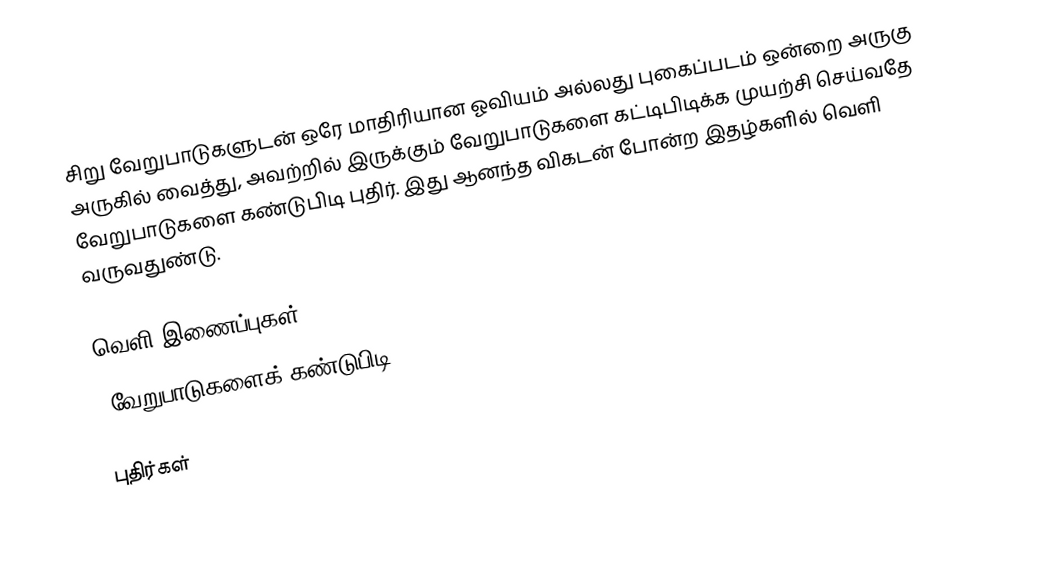
சிறு வேறுபாடுகளுடன் ஒரே மாதிரியான ஓவியம் அல்லது புகைப்படம் ஒன்றை அருகு அருகில் வைத்து, அவற்றில் இருக்கும் வேறுபாடுகளை கட்டிபிடிக்க முயற்சி செய்வதே வேறுபாடுகளை கண்டுபிடி புதிர்.  இது ஆனந்த விகடன் போன்ற இதழ்களில் வெளி வருவதுண்டு.

வெளி இணைப்புகள்
 'வேறுபாடுகளைக் கண்டுபிடி' online game

புதிர்கள்